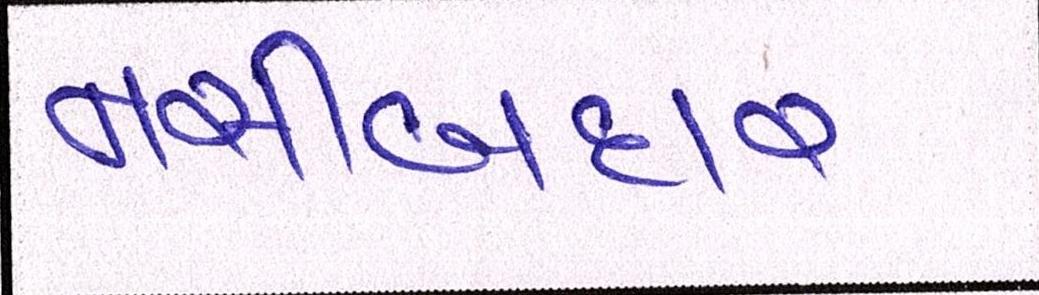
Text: નસીબદાર